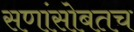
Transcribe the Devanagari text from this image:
सणांसोबतच